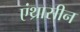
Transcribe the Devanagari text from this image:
एंथ्रासीन